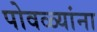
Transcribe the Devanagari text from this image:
पोवळ्यांना